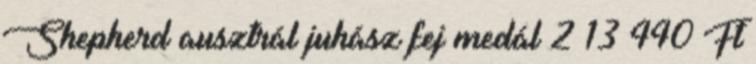
Shepherd ausztrál juhász fej medál 2 13 440 Ft